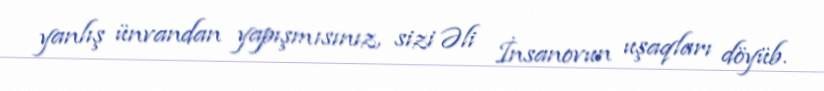
yanlış ünvandan yapışmısınız, sizi Əli İnsanovun uşaqları döyüb.